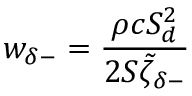
w _ { \delta - } = \frac { \rho c S _ { d } ^ { 2 } } { 2 S \tilde { \zeta } _ { \delta - } }